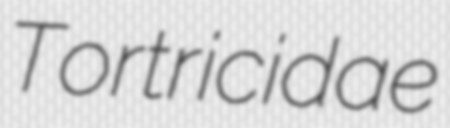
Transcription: Tortricidae